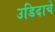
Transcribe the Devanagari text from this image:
उडिदाचे